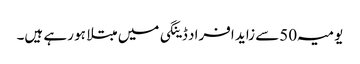
یومیہ 50سے زاید افراد ڈینگی میں مبتلا ہو رہے ہیں۔